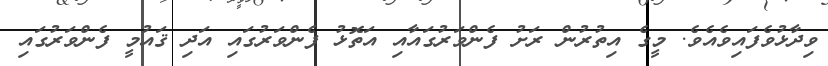
ވިދާޅުވެފައިވެއެވެ. މީގެ އިތުރުން ރަށު ފެންވަރުގައާއި އަތޮޅު ފެންވަރުގައި އަދި ޤައުމީ ފެންވަރުގައި